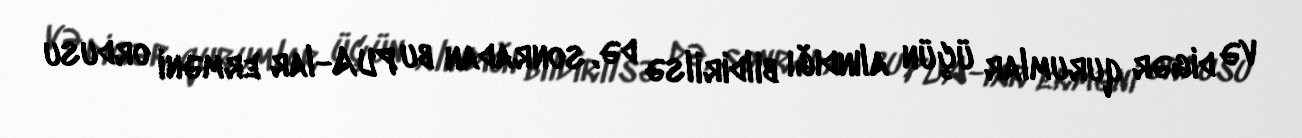
və digər qurumlar üçün alındığı bildirilsə də, sonradan bu PUA-lar erməni ordusu